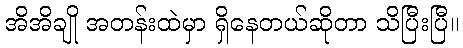
အိအိချို အတန်းထဲမှာ ရှိနေတယ်ဆိုတာ သိပြီးပြီ။